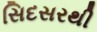
સિદસરથી